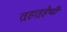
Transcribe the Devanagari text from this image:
तर्‍हतर्‍हेची